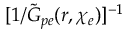
[ 1 / \tilde { G } _ { p e } ( r , \chi _ { e } ) ] ^ { - 1 }